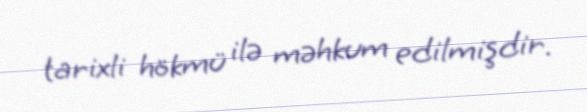
tarixli hökmü ilə məhkum edilmişdir.